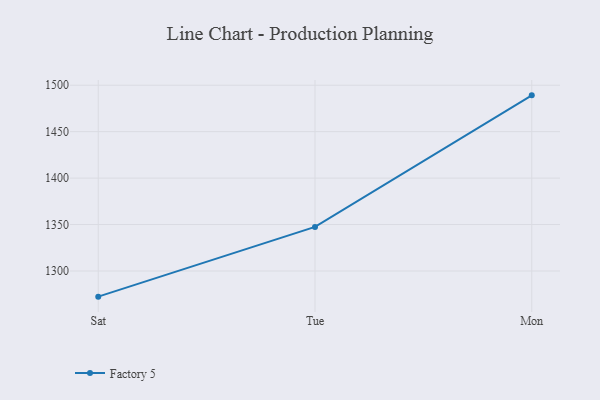
{"axis": {"x": "Day", "y": "Website Visitors"}, "legend": ["Factory 5"], "data": [{"x": "Sat", "y": 1272.4, "type": "Factory 5"}, {"x": "Tue", "y": 1347.5, "type": "Factory 5"}, {"x": "Mon", "y": 1489.1, "type": "Factory 5"}]}